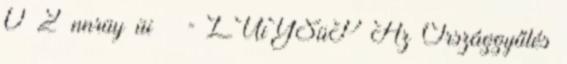
0 2 nnrüy üi = LÜiYSüP Az Országgyűlés